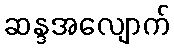
ဆန္ဒအလျောက်